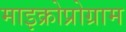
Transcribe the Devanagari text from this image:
माइक्रोप्रोग्राम